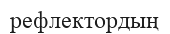
рефлектордың